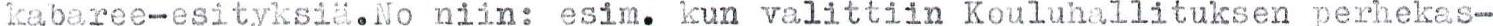
kabaree-esityksiä.No niin: esim. kun valittiin Kouluhallituksen perhekas-